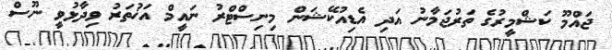
ޖައްމޫ ކަޝްމީރުގެ ތަރުޖަމާނު އަދި އެޑިއުކޭޝަން މިނިސްޓްރު ނައީމް އަޚުތަރު ވިދާޅުވީ ނޫސް